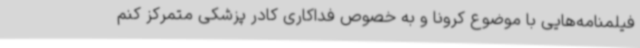
فیلمنامه‌هایی با موضوع کرونا و به خصوص فداکاری کادر پزشکی متمرکز کنم